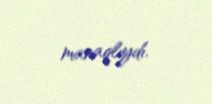
maraqlıydı.